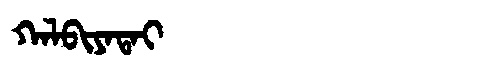
Manchu: ᡴᠠᠯᠪᡳᠶᠠᡨᠠᡳ
Romanization: KALBIYATAI